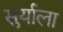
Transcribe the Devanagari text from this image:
सुर्याला